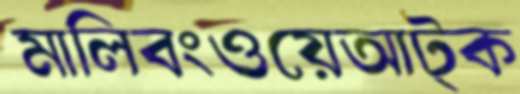
মালিবংওয়েআট্‌ক